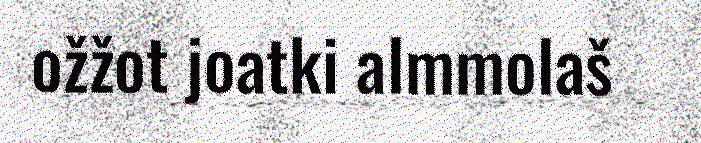
ožžot joatki almmolaš